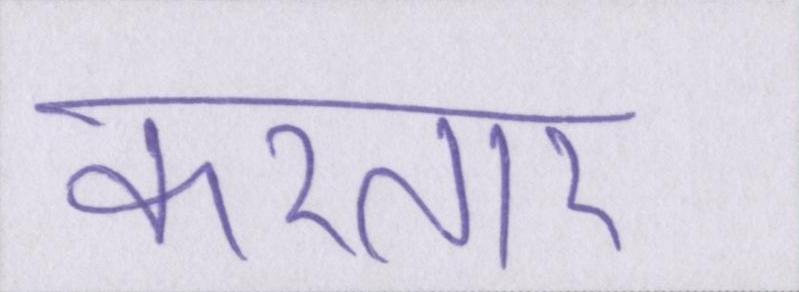
करतार